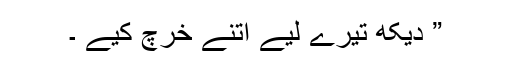
” دیکھ تیرے لیے اتنے خرچ کیے ۔